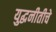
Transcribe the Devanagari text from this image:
युद्धनीतीचे